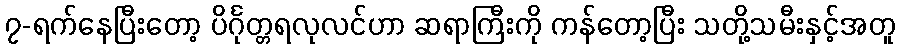
၇-ရက်နေပြီးတော့ ပိင်္ဂုတ္တရလုလင်ဟာ ဆရာကြီးကို ကန်တော့ပြီး သတို့သမီးနှင့်အတူ